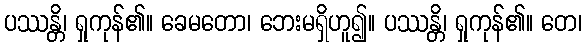
ပဿန္တိ၊ ရှုကုန်၏။ ခေမတော၊ ဘေးမရှိဟူ၍။ ပဿန္တိ၊ ရှုကုန်၏။ တေ၊